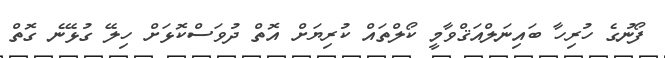
ފޯނުގެ ހުރިހާ ބައިނަލްއަޤްވާމީ ކޯލްތައް ކުރިޔަށް އޮތް ދުވަސްކޮޅަށް ހިލޭ ގުޅޭނެ ގޮތް